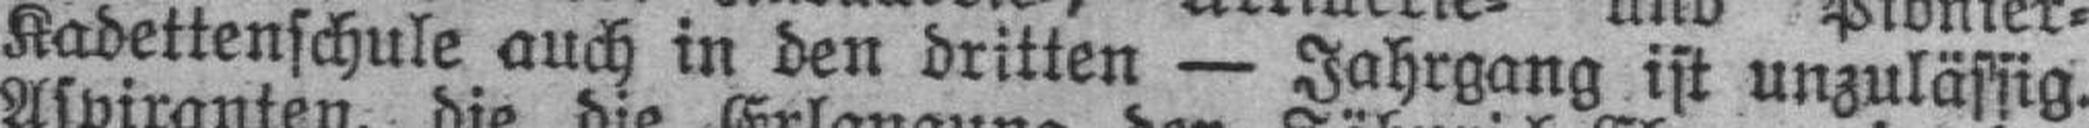
Kadettenschule auch in den dritten — Jahrgang ist unzulässig.